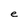
Character: e